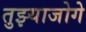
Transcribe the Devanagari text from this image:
तुझ्याजोगे